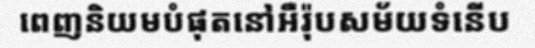
ពេញនិយមបំផុតនៅអឺរ៉ុបសម័យទំនើប